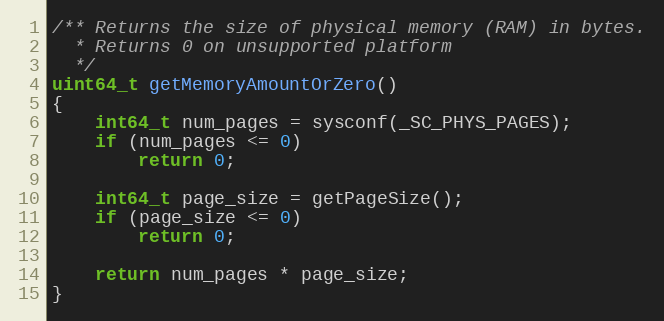
Language: C++
/** Returns the size of physical memory (RAM) in bytes.
  * Returns 0 on unsupported platform
  */
uint64_t getMemoryAmountOrZero()
{
    int64_t num_pages = sysconf(_SC_PHYS_PAGES);
    if (num_pages <= 0)
        return 0;

    int64_t page_size = getPageSize();
    if (page_size <= 0)
        return 0;

    return num_pages * page_size;
}